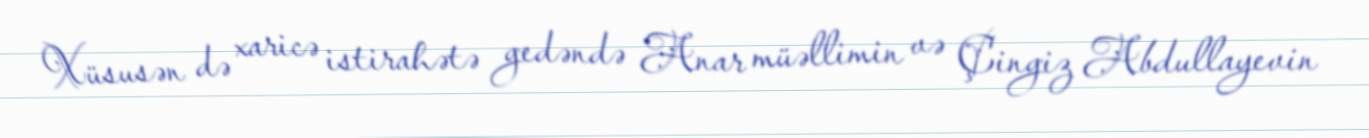
Xüsusən də xaricə istirahətə gedəndə Anar müəllimin və Çingiz Abdullayevin